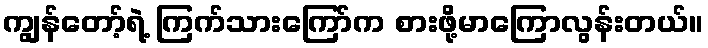
ကျွန်တော့်ရဲ့ ကြက်သားကြော်က စားဖို့မာကြောလွန်းတယ်။